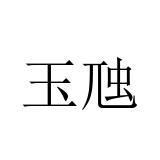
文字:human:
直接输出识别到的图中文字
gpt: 玉虺